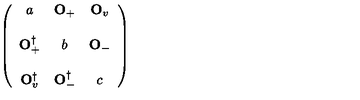
\left( \begin{array} { c c c } { a } & { { \bf O } _ { + } } & { { \bf O } _ { v } } \\ { } & { } & { } \\ { { \bf O } _ { + } ^ { \dagger } } & { b } & { { \bf O } _ { - } } \\ { } & { } & { } \\ { { \bf O } _ { v } ^ { \dagger } } & { { \bf O } _ { - } ^ { \dagger } } & { c } \\ \end{array} \right)